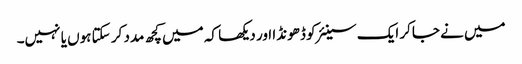
میں نے جاکر ایک سینئر کو ڈھونڈا اور دیکھا کہ میں کچھ مدد کر سکتا ہوں یا نہیں۔